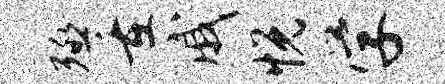
殛重戚悦学